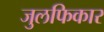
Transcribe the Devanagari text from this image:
जुलफिकार